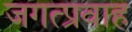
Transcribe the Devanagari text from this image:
जगत्प्रवाह